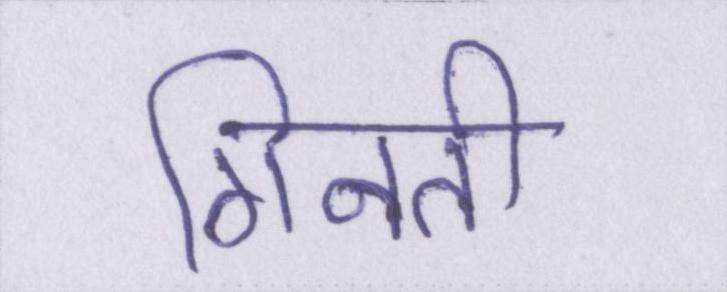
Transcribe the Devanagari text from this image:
गिनती